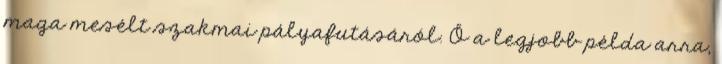
maga mesélt szakmai pályafutásáról. Ő a legjobb példa arra,